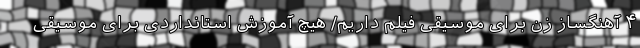
۴ آهنگساز زن برای موسیقی فیلم داریم/ هیچ آموزش استانداردی برای موسیقی